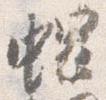
螺